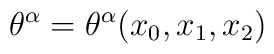
\theta ^{\alpha }=\theta ^{\alpha }(x_{0},x_{1},x_{2})